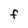
Character: f